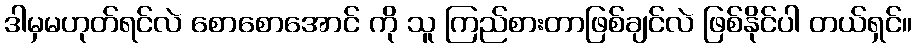
ဒါမှမဟုတ်ရင်လဲ စောစောအောင် ကို သူ ကြည်စားတာဖြစ်ချင်လဲ ဖြစ်နိုင်ပါ တယ်ရှင်။